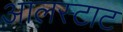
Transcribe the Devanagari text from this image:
आलस्टाट